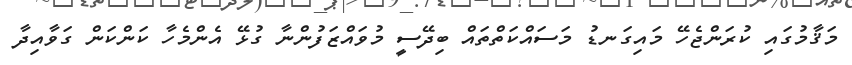
މަޤާމުގައި ކުރަންޖެހޭ މައިގަނޑު މަސައްކަތްތައް ބިދޭސީ މުވައްޒަފުންނާ ގުޅޭ އެންމެހާ ކަންކަން ގަވާއިދާ